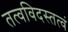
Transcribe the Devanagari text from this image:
तत्वविदस्तत्वं